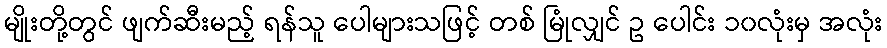
မျိုးတို့တွင် ဖျက်ဆီးမည့် ရန်သူ ပေါများသဖြင့် တစ် မြုံလျှင် ဥ ပေါင်း ၁၀လုံးမှ အလုံး